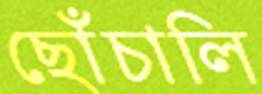
ছোঁচালি